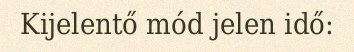
Kijelentő mód jelen idő: